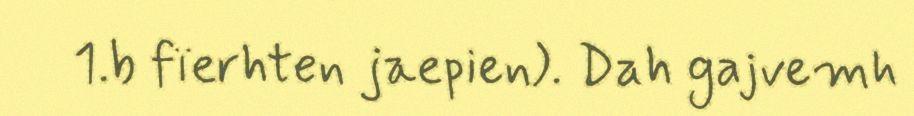
1.b fïerhten jaepien). Dah gajvemh